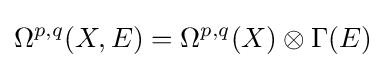
\Omega ^{p,q}(X,E)=\Omega ^{p,q}(X)\otimes \Gamma (E)